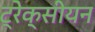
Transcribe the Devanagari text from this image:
ट्रेक्सीयन